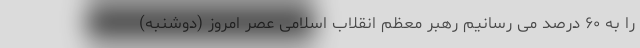
را به ۶۰ درصد می رسانیم رهبر معظم انقلاب اسلامی عصر امروز (دوشنبه)